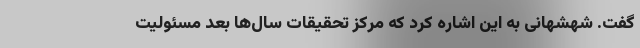
گفت. شهشهانی به این اشاره کرد که مرکز تحقیقات سال‌ها بعد مسئولیت